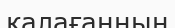
қалағанның